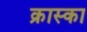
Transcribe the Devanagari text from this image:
क्रास्का